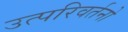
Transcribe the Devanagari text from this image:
उत्परिवर्तनो